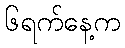
၆ရက်နေ့က